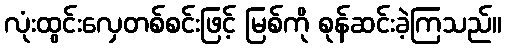
လုံးထွင်းလှေတစ်စင်းဖြင့် မြစ်ကို စုန်ဆင်းခဲ့ကြသည်။